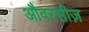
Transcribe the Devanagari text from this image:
औवरसीज़